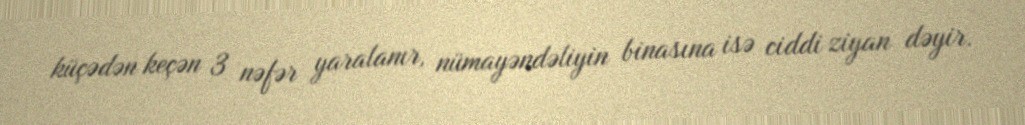
küçədən keçən 3 nəfər yaralanır, nümayəndəliyin binasına isə ciddi ziyan dəyir.